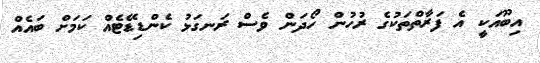
އިބޫއަކީ އެ ފަރާތްތަކުގެ ރުހުން ހޯދަން ވެސް ރަނގަޅު ކެންޑިޑޭޓެއް ކަމަށް ބައެއް